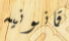
قانونيه